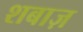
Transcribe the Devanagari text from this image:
शबाज़